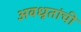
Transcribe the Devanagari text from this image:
अवधूतांची